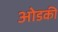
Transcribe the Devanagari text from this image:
ओडकी